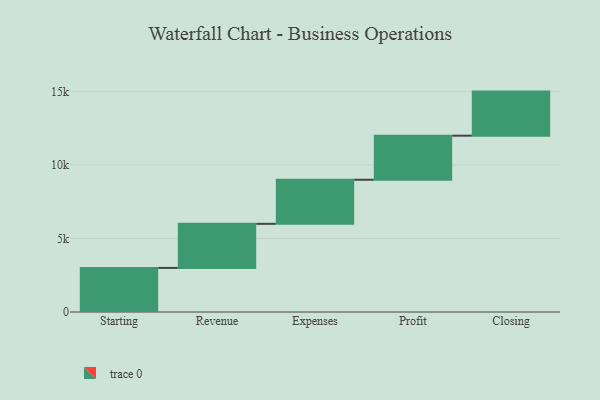
{"axis": {"x": "Step", "y": "Value"}, "legend": [""], "data": [{"x": "Starting", "y": 3000, "type": ""}, {"x": "Revenue", "y": 3000, "type": ""}, {"x": "Expenses", "y": 3000, "type": ""}, {"x": "Profit", "y": 3000, "type": ""}, {"x": "Closing", "y": 3000, "type": ""}]}